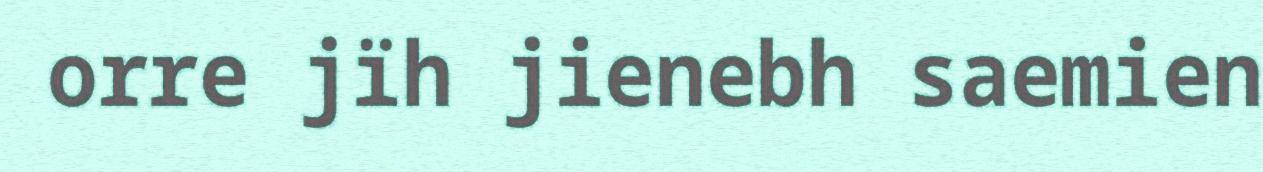
orre jïh jienebh saemien